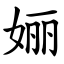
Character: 㛤